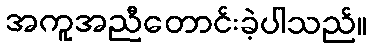
အကူအညီတောင်းခဲ့ပါသည်။